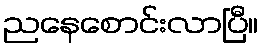
ညနေစောင်းလာပြီ။